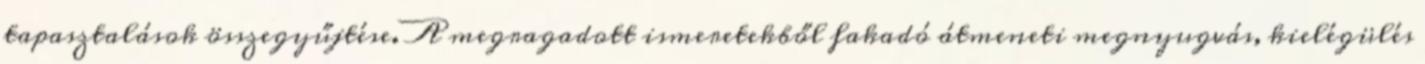
tapasztalások összegyűjtése. A megragadott ismeretekből fakadó átmeneti megnyugvás, kielégülés